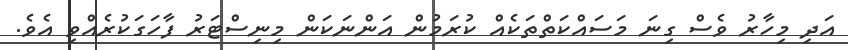
އަދި މިހާރު ވެސް ގިނަ މަސައްކަތްތަކެއް ކުރަމުން އަންނަކަން މިނިސްޓަރު ފާހަގަކުރެއްވި އެވެ.